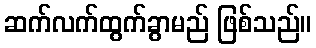
ဆက်လက်ထွက်ခွာမည် ဖြစ်သည်။